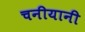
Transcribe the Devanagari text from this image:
चनीयानी